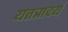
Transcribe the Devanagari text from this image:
यत्तत्रादयं